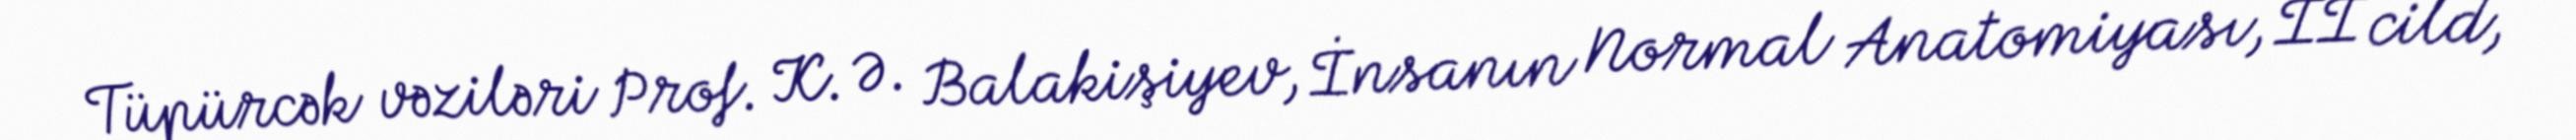
Tüpürcək vəziləri Prof. K. Ə. Balakişiyev, İnsanın Normal Anatomiyası, II cild,